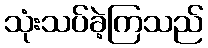
သုံးသပ်ခဲ့ကြသည်